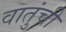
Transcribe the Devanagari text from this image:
वातुंची